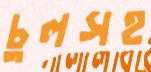
চুলসহ